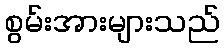
စွမ်းအားများသည်